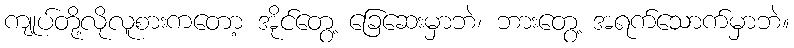
ကျုပ်တို့လိုလူစားကတော့ အိုင်တွေ့ ခြေဆေးမှာဘဲ၊ ဘားတွေ့ အရက်သောက်မှာဘဲ။